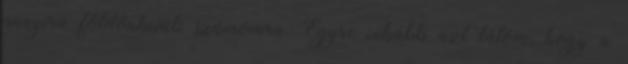
annyira földönkívüli számomra. Egyre inkább azt látom, hogy a